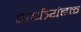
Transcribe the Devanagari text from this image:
अर्धत्र्यंबक